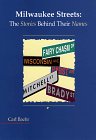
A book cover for Milwaukee Streets: The Stories Behind Their Names (Wisconsin); Carl Baehr; Travel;